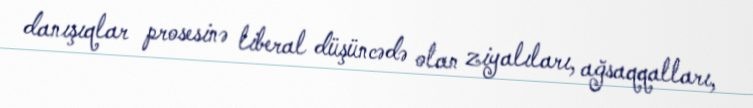
danışıqlar prosesinə liberal düşüncədə olan ziyalıları, ağsaqqalları,